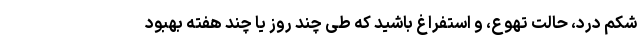
شکم درد، حالت تهوع، و استفراغ باشید که طی چند روز یا چند هفته بهبود